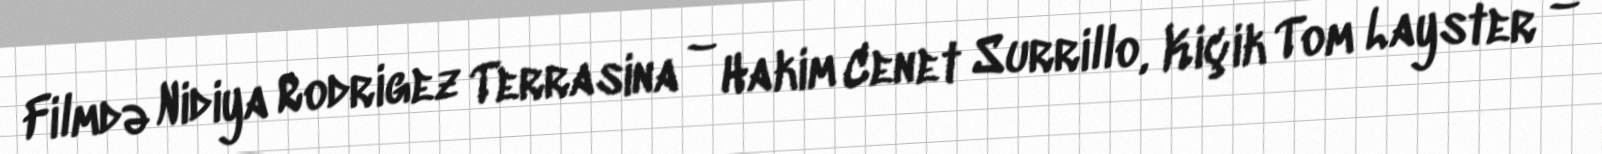
Filmdə Nidiya Rodrigez Terrasina – Hakim Cenet Surrillo, Kiçik Tom Layster –